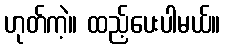
ဟုတ်ကဲ့။ ထည့်ပေးပါမယ်။